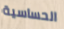
الحساسية